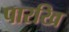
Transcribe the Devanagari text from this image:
पारखि